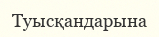
Туысқандарына